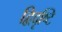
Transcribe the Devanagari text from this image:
द्विदृष्टि